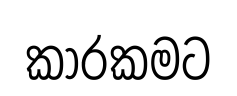
කාරකමට